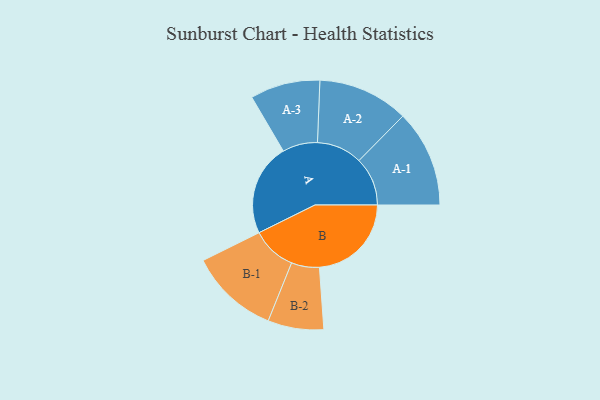
{"axis": {"x": "Segment", "y": "Value"}, "legend": ["", "A", "B"], "data": [{"x": "A", "y": 468, "type": ""}, {"x": "B", "y": 468, "type": ""}, {"x": "A-1", "y": 247, "type": "A"}, {"x": "A-2", "y": 231, "type": "A"}, {"x": "A-3", "y": 178, "type": "A"}, {"x": "B-1", "y": 227, "type": "B"}, {"x": "B-2", "y": 142, "type": "B"}]}